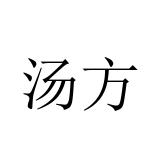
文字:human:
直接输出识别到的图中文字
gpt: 汤方